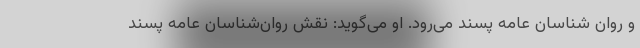
و روان شناسان عامه پسند می‌رود. او می‌گوید: نقش روان‌شناسان عامه پسند